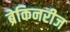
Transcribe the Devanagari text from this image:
ब्रेकिनरीज